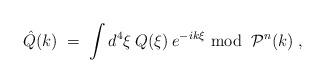
LaTeX: \begin{align*}\hat{Q}(k) \;=\; \int d^4 \xi \:Q(\xi) \:e^{-ik \xi} {\mbox{ mod }}\: {\mathcal{P}}^n(k) \;, \end{align*}